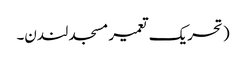
( تحریک تعمیر مسجد لندن۔